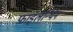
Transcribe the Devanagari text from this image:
फाइलेन्थिन